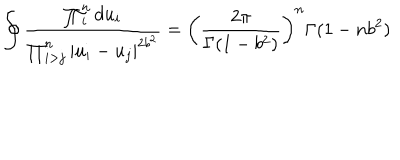
LaTeX: \oint \frac { \prod _ { i } ^ { n } d u _ { i } } { \prod _ { i > j } ^ { n } \left| u _ { i } - u _ { j } \right| ^ { 2 b ^ { 2 } } } = \left( \frac { 2 \pi } { \Gamma ( 1 - b ^ { 2 } ) } \right) ^ { n } \Gamma ( 1 - n b ^ { 2 } )